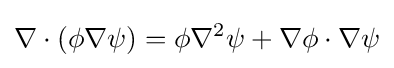
\nabla \cdot (\phi \nabla \psi )=\phi \nabla ^{2}\psi +\nabla \phi \cdot \nabla \psi